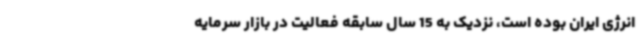
انرژی ایران بوده است، نزدیک به 15 سال سابقه فعالیت در بازار سرمایه